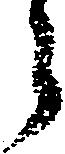
郎